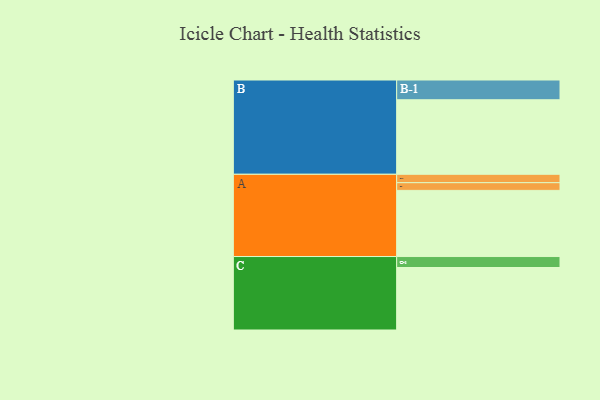
{"axis": {"x": "Segment", "y": "Value"}, "legend": ["", "A", "B", "C"], "data": [{"x": "A", "y": 489, "type": ""}, {"x": "B", "y": 551, "type": ""}, {"x": "C", "y": 462, "type": ""}, {"x": "A-1", "y": 57, "type": "A"}, {"x": "A-2", "y": 62, "type": "A"}, {"x": "B-1", "y": 146, "type": "B"}, {"x": "C-1", "y": 81, "type": "C"}]}